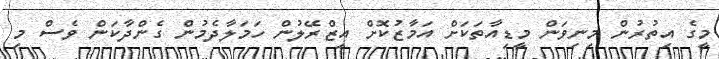
މީގެ އިތުރުން މިނިވަން މީޑިއާތަކަށް އަމާޒުކޮށް އިޒްރޭލުން ހަމަލާދެމުން ގެންދާކަން ވެސް މި